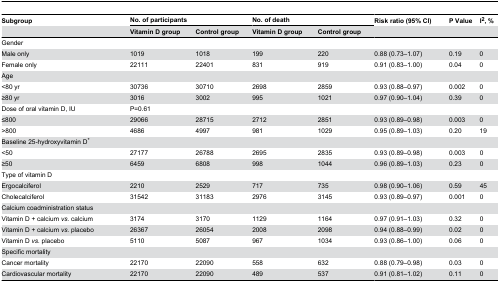
<table><thead><tr><td><b>Subgroup</b></td><td colspan="2"><b>No. of participants</b></td><td colspan="2"><b> No. of death</b></td><td><b>Risk ratio (95% CI)</b></td><td><b>P Value</b></td><td><b>I<sup>2</sup>, %</b></td></tr><tr><td></td><td><b>Vitamin D group</b></td><td><b>Control group</b></td><td><b>Vitamin D group</b></td><td><b>Control group</b></td><td></td><td></td><td></td></tr></thead><tbody><tr><td>Gender</td><td></td><td></td><td></td><td></td><td></td><td></td><td></td></tr><tr><td>Male only</td><td>1019</td><td>1018</td><td>199</td><td>220</td><td>0.88 (0.73–1.07)</td><td>0.19</td><td> 0</td></tr><tr><td>Female only</td><td>22111</td><td>22401</td><td>831</td><td>919</td><td>0.91 (0.83–1.00)</td><td>0.04</td><td> 0</td></tr><tr><td>Age</td><td></td><td></td><td></td><td></td><td></td><td></td><td></td></tr><tr><td> &lt;80 yr</td><td>30736</td><td>30710</td><td>2698</td><td>2859</td><td>0.93 (0.88–0.97)</td><td> 0.002</td><td> 0</td></tr><tr><td> ≥80 yr</td><td>3016</td><td>3002</td><td>995</td><td>1021</td><td>0.97 (0.90–1.04)</td><td> 0.39</td><td> 0</td></tr><tr><td>Dose of oral vitamin D, IU</td><td>P=0.61</td><td></td><td></td><td></td><td></td><td></td><td></td></tr><tr><td> ≤800</td><td>29066</td><td>28715</td><td>2712</td><td>2851</td><td>0.93 (0.89–0.98)</td><td> 0.003</td><td> 0</td></tr><tr><td> &gt;800</td><td>4686</td><td>4997</td><td>981</td><td>1029</td><td>0.95 (0.89–1.03)</td><td> 0.20</td><td> 19</td></tr><tr><td>Baseline 25-hydroxyvitamin D*</td><td></td><td></td><td></td><td></td><td></td><td></td><td></td></tr><tr><td> &lt;50</td><td>27177</td><td>26788</td><td>2695</td><td>2835</td><td>0.93 (0.89–0.98)</td><td> 0.003</td><td> 0</td></tr><tr><td> ≥50</td><td>6459</td><td>6808</td><td>998</td><td>1044</td><td>0.96 (0.89–1.03)</td><td> 0.23</td><td> 0</td></tr><tr><td>Type of vitamin D</td><td></td><td></td><td></td><td></td><td></td><td></td><td></td></tr><tr><td> Ergocalciferol</td><td>2210</td><td>2529</td><td>717</td><td>735</td><td>0.98 (0.90–1.06)</td><td> 0.59</td><td> 45</td></tr><tr><td> Cholecalciferol</td><td>31542</td><td>31183</td><td>2976</td><td>3145</td><td>0.93 (0.89–0.97)</td><td> 0.001</td><td> 0</td></tr><tr><td>Calcium coadministration status</td><td></td><td></td><td></td><td></td><td></td><td></td><td></td></tr><tr><td>Vitamin D + calcium <i>vs.</i> calcium</td><td>3174</td><td>3170</td><td>1129</td><td>1164</td><td>0.97 (0.91–1.03)</td><td> 0.32</td><td> 0</td></tr><tr><td>Vitamin D + calcium <i>vs.</i> placebo</td><td>26367</td><td>26054</td><td>2008</td><td>2098</td><td>0.94 (0.88–0.99)</td><td> 0.02</td><td> 0</td></tr><tr><td>Vitamin D <i>vs.</i> placebo</td><td>5110</td><td>5087</td><td>967</td><td>1034</td><td>0.93 (0.86–1.00)</td><td> 0.06</td><td> 0</td></tr><tr><td>Specific mortality</td><td></td><td></td><td></td><td></td><td></td><td></td><td></td></tr><tr><td>Cancer mortality</td><td>22170</td><td>22090</td><td>558</td><td>632</td><td>0.88 (0.79–0.98)</td><td> 0.03</td><td> 0</td></tr><tr><td>Cardiovascular mortality</td><td>22170</td><td>22090</td><td>489</td><td>537</td><td>0.91 (0.81–1.02)</td><td> 0.11</td><td> 0</td></tr></tbody></table>